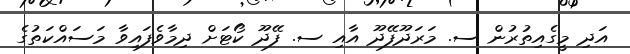
އަދި މީގެއިތުރުން ސ. މަރަދޫފޭދޫ އާއި ސ. ފޭދޫ ކޯޓަށް ދިމާވެފައިވާ މަސައްކަތުގެ